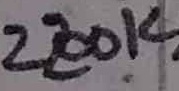
Text: 2200K